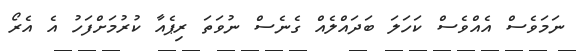
ނަމަވެސް އެއްވެސް ކަހަލަ ބަދައްލެއް ގެނެސް ނުވަތަ ރިޕެއާ ކުރުމަށްފަހު އެ އެރޯ